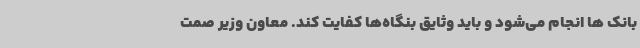
بانک ها انجام می‌شود و باید وثایق بنگاه‌ها کفایت کند. معاون وزیر صمت